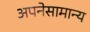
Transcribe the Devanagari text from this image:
अपनेसामान्य